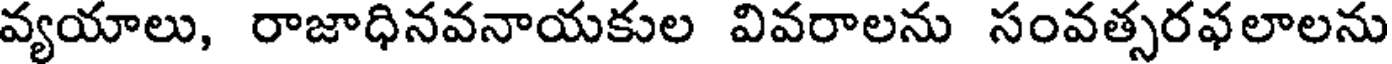
వ్యయాలు, రాజాధినవనాయకుల వివరాలను సంవత్సరవలాలను